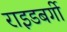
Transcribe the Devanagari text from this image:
राइडबर्गी